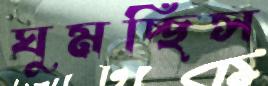
ঘুমচ্ছিস